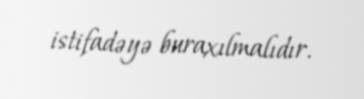
istifadəyə buraxılmalıdır.